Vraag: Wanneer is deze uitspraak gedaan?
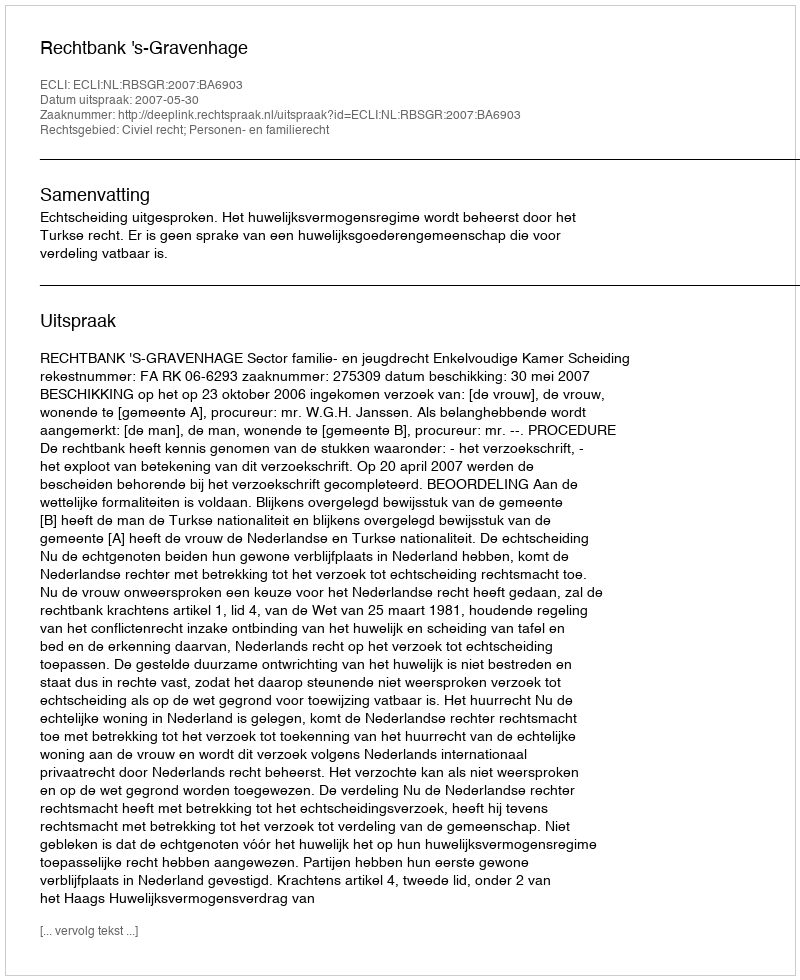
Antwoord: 2007-05-30